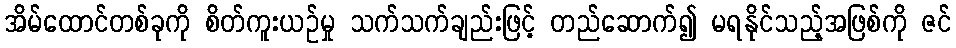
အိမ်ထောင်တစ်ခုကို စိတ်ကူးယဉ်မှု သက်သက်ချည်းဖြင့် တည်ဆောက်၍ မရနိုင်သည့်အဖြစ်ကို ဇင်